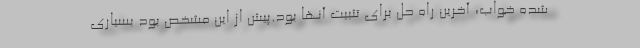
شده خواب، آخرین راه حل برای تثبیت آنها بود.پیش از این مشخص بود بسیاری